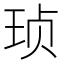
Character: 𱮺